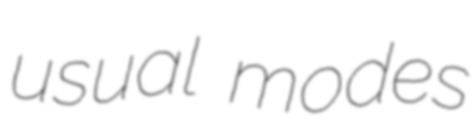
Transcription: usual modes